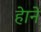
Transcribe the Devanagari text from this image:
हेाने